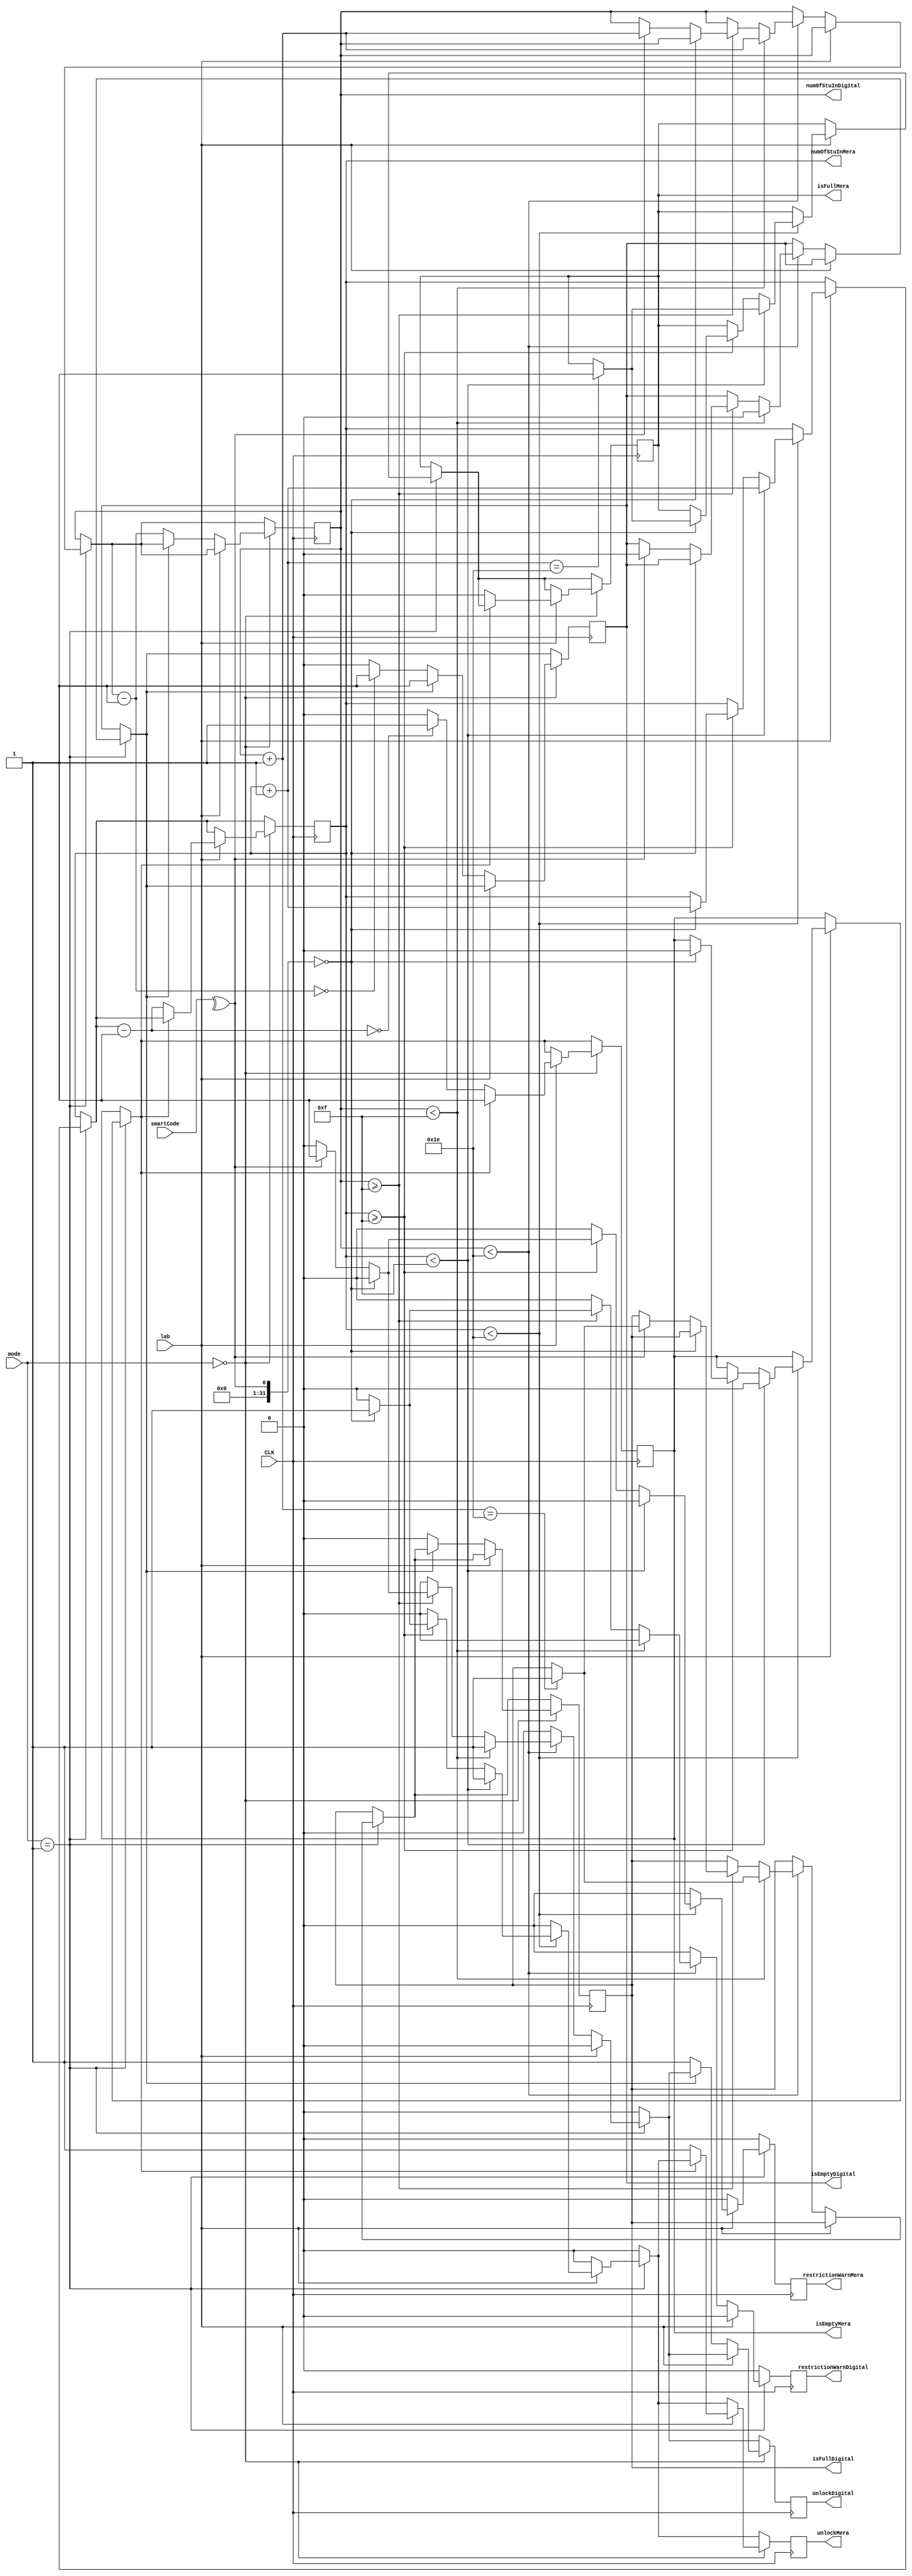

`timescale 1ns / 1ps 
module lab3_2(
			input[4:0] smartCode,
			input CLK, 
			input lab, //0:Digital, 1:Mera
			input [1:0] mode, //00:exit, 01:enter, 1x: idle 
			output reg [5:0] numOfStuInMera,
			output reg [5:0] numOfStuInDigital,
			output reg restrictionWarnMera,//1:show warning, 0:do not show warning
			output reg isFullMera, //1:full, 0:not full
			output reg isEmptyMera, //1: empty, 0:not empty
			output reg unlockMera,	//1:door is open, 0:closed
			output reg restrictionWarnDigital,//1:show warning, 0:do not show warning
			output reg isFullDigital, //1:full, 0:not full
			output reg isEmptyDigital, //1: empty, 0:not empty
			output reg unlockDigital //1:door is open, 0:closed
	);
	
			reg isodd;
			reg[2:0] tmp_var;

	
	initial begin
			numOfStuInMera=0;
			numOfStuInDigital=0;
			restrictionWarnMera=0;
			isFullMera=0;
			isEmptyMera=1'b1;
			unlockMera=0;		
			restrictionWarnDigital=0;
			isFullDigital=0;
			isEmptyDigital=1'b1;
			unlockDigital=0;
			
			isodd = 0;
			tmp_var = 0;
	end
	//Modify the lines below to implement your design
	
	//always @(posedge CLK) 
	//...
	
	always @(posedge CLK)
	begin
	
	unlockMera=0;
	unlockDigital=0;
	restrictionWarnMera=0;
	restrictionWarnDigital=0;
	
	tmp_var = smartCode[0] + smartCode[1] + smartCode[2] + smartCode[3] + smartCode[4];
	
	if(tmp_var % 2 == 1)
	begin
	    isodd = 1; 
	end
	
	if(mode == 1)
	begin
	// mod kontrol for getting into the lab
	
		if(lab == 1)
		begin
		//Merada
		
			if(isFullMera == 1)
			begin
			//Doluysa hicbir sey yapma
			end
			
			if(numOfStuInMera < 30)
			begin
			//Lab bos is islemlere devam
				
				if(numOfStuInMera < 15)
				begin 
				//15 kisiden az ise kontrol yapmadan direkt iceri alyoruz
				unlockMera=1;
				numOfStuInMera = numOfStuInMera + 1;
				isEmptyMera = 0;
					
					if(numOfStuInMera == 30)
					begin
					//eger iceri gelen yeni ogrenci ile birlikte kapasite dolduysa
					//isFullMera degiskeni bir yaplacak
					
					isFullMera = 1;
					
					end
				
				end
				
				
				else if(numOfStuInMera >= 15)
				begin
				
					if(^smartCode == 1)
					begin
					// isodd == 0 demek cift say demek
					// ogrenci iceri alnmamal
					
					restrictionWarnMera = 1;
					
					
					end
					
					if(^smartCode == 0)
					begin
					// isodd == 1 demek tek say demek
					// o zaman restrictionWarnMera 0 yaplmal ? 0 kalmal
					// ogrenci iceri girebilmeli
					//125. satrda yanlslk var aga ismen
					// hep mera ismi kullanmsm neredeyse bu case i mera diye degistirsem iyi olur 
					
					restrictionWarnMera = 0;
					unlockMera=1;
					numOfStuInMera = numOfStuInMera + 1;
					isEmptyMera = 0;
					
					
						if(numOfStuInMera == 30)
						begin
						//eger iceri gelen yeni ogrenci ile birlikte kapasite dolduysa
						//isFullMera degiskeni bir yaplacak
					
						isFullMera = 1;
					
						end


					end
					
					
				end
			
			
			end
			
			
		end
		
		if(lab == 0)
		begin
		//mod digitalde
		
		//BURALARIN CLERN DOLDURMAYI UNUTMA isodd durumundaki farkl davrans bil!
		
			if(isFullDigital == 1)
			begin
			//Doluysa hicbir sey yapma
			end
			
			if(numOfStuInDigital < 30)
			begin
			//Lab bos is islemlere devam
				
				if(numOfStuInDigital < 15)
				begin 
				//15 kisiden az ise kontrol yapmadan direkt iceri alyoruz
				unlockDigital=1;
				numOfStuInDigital = numOfStuInDigital + 1;
				isEmptyDigital = 0;
					
					if(numOfStuInDigital == 30)
					begin
					//eger iceri gelen yeni ogrenci ile birlikte kapasite dolduysa
					//isFullMera degiskeni bir yaplacak
					
					isFullDigital = 1;
					
					end
				
				end
				
				
				else if(numOfStuInDigital >= 15)
				begin
				
					if(^smartCode == 0)
					begin
					// isodd == 0 demek cift say demek
					// ogrenci iceri alnmamal
					
					restrictionWarnDigital = 1;
					
					
					end
					
					else if(^smartCode == 1)
					begin
					// isodd == 1 demek tek say demek
					// o zaman restrictionWarnMera 0 yaplmal ? 0 kalmal
					// ogrenci iceri girebilmeli
					//125. satrda yanlslk var aga ismen
					// hep mera ismi kullanmsm neredeyse bu case i mera diye degistirsem iyi olur 
					
					restrictionWarnDigital = 0;
					unlockDigital=1;
					numOfStuInDigital = numOfStuInDigital + 1;
					isEmptyDigital = 0;
					
					
						if(numOfStuInDigital == 30)
						begin
						//eger iceri gelen yeni ogrenci ile birlikte kapasite dolduysa
						//isFullMera degiskeni bir yaplacak
					
						isFullDigital = 1;
					
						end


					end
					
					
				end
			
			
			end		
		
		
		end
		
	end

	if(mode == 0)
	begin 
	// getting out from the lab 
	
		if(lab == 0)
		begin
		//mod Digitalde 

		//say azalt with just one kontrol which is "isemptylab"
		
			if(isEmptyDigital == 0) //Lab bos degil ise cikis yaplabilsin!
			begin
			
			unlockDigital = 1;
			numOfStuInDigital = numOfStuInDigital-1;
			isFullDigital = 0;
			//Cks yapma izleminden sonra iceride kimse kalmadysa lab_bos ledi yanmal
			
				if(numOfStuInDigital == 0)
				begin
				
					isEmptyDigital = 1;
				
				end
			
			end
		
		end
		
		if(lab == 1)
		begin
		//mod Merada
		
		//BURALARIN CLERN DOLDURMAYI UNUTMA!

		//say azalt with just one kontrol which is "isemptylab"		
		
			if(isEmptyMera == 0) //Lab bos degil ise cikis yaplabilsin!
			begin
			
				unlockMera = 1;
				numOfStuInMera = numOfStuInMera-1;
				isFullMera = 0;
				
				if(numOfStuInMera == 0)
				begin
				
					isEmptyMera = 1;
				
				end
			
			end
		
		end
	
	end
	
	
	else
	begin
	
	
	//bu mod is just for clearing and locking the doors?
	//Zaten en basta 0 ladgmz icin bu duruma icerik yazmama gerek yok degil mi?
	
	
	end 
	
	
	end	//posedge clk icin olan end bu

endmodule